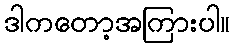
ဒါကတော့အကြားပါ။